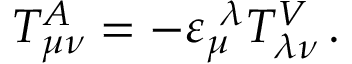
T _ { \mu \nu } ^ { A } = - \varepsilon _ { \mu } ^ { \ \lambda } T _ { \lambda \nu } ^ { V } \, .